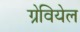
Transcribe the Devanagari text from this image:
ग्रेवियेल